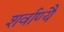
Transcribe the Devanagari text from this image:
शर्वाण्यै